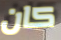
كان